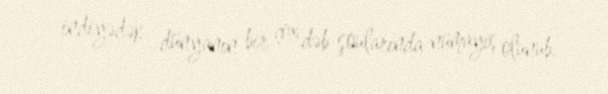
indiyədək dünyanın bir çox dəb şoularında nümayiş olunub.